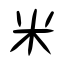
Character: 米